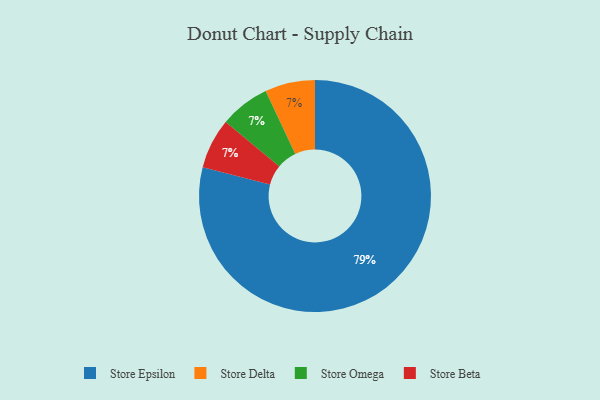
{"axis": {"x": "Category", "y": "Percentage"}, "legend": ["Store Beta", "Store Delta", "Store Epsilon", "Store Omega"], "data": [{"x": "Store Delta", "y": 7, "type": "Store Delta"}, {"x": "Store Epsilon", "y": 79, "type": "Store Epsilon"}, {"x": "Store Omega", "y": 7, "type": "Store Omega"}, {"x": "Store Beta", "y": 7, "type": "Store Beta"}]}